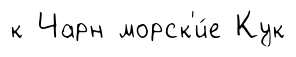
к Чарн морск'и́е Кук